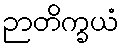
ဉာတိက္ခယံ